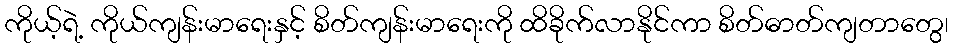
ကိုယ့်ရဲ့ ကိုယ်ကျန်းမာရေးနှင့် စိတ်ကျန်းမာရေးကို ထိခိုက်လာနိုင်ကာ စိတ်ဓာတ်ကျတာတွေ၊